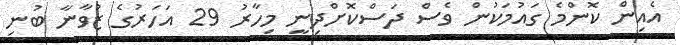
އެއިން ކޮންމެ ގައުމަކުން ވެސް ދަސްކޮށްދިނީ މިހާރު 29 އަހަރުގެ ޒުވާނާ ބުނި